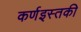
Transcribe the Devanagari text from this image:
कर्णइस्तकी